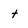
Character: t